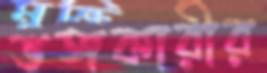
ভঙ্গকারীর